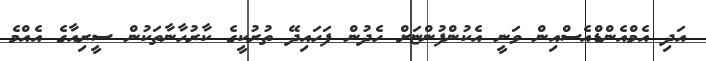
އަދި އެމްއެންޑްއެސްއިން ވަނީ އެކުންފުންޏަށް ހެދުން ފަހައިދޭ ތުރުކީގެ ކާރުހާނާތަކުން ސީރިއާގެ އެއްމެ